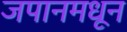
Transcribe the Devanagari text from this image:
जपानमधून